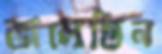
ভালেন্তিন